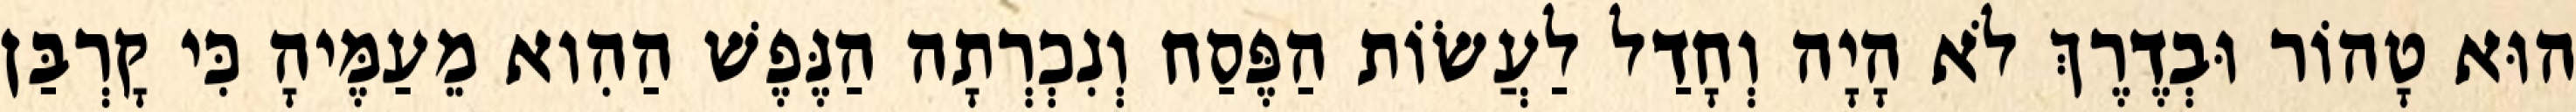
הוּא טָהוֹר וּבְדֶרֶךְ לֹא הָיָה וְחָדַל לַעֲשׂוֹת הַפֶּסַח וְנִכְרְתָה הַנֶּפֶשׁ הַהִוא מֵעַמֶּיהָ כִּי קָרְבַּן